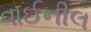
વાઈનીલ